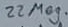
Text: 22Meg.